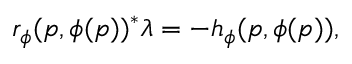
\begin{array} { r } { r _ { \phi } ( p , \phi ( p ) ) ^ { * } \lambda = - h _ { \phi } ( p , \phi ( p ) ) , } \end{array}